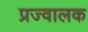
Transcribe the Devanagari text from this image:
प्रज्वालक